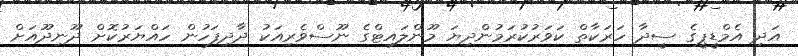
އަދި އެމްޑީޕީގެ ސީދާ ހަރަކާތް ކަވަރުކުރަމުންދިޔަ މޫންލައިޓްގެ ނޫސްވެރިއަކު ދާދިފަހުން ހައްޔަރުކޮށް ދޫނިދޫއަށް